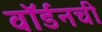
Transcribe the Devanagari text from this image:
वॉर्डनची